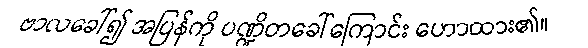
ဗာလခေါ်၍ အပြန်ကို ပဏ္ဍိတခေါ်ကြောင်း ဟောထား၏။